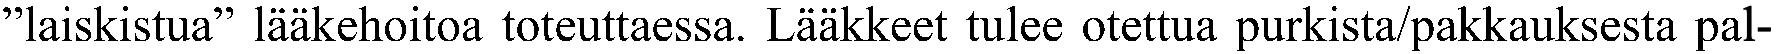
”laiskistua” lääkehoitoa toteuttaessa. Lääkkeet tulee otettua purkista/pakkauksesta pal-